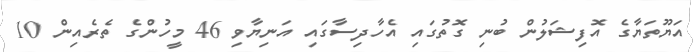
އަޔޫތަޔާގެ އޮފިޝަލުން ބުނި ގޮތުގައި އެހާދިސާގައި އަނިޔާވި 46 މީހުންގެ ތެރެއިން 10